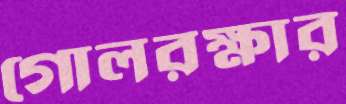
গোলরক্ষার